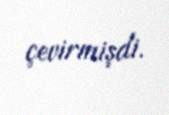
çevirmişdi.